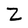
Character: Z